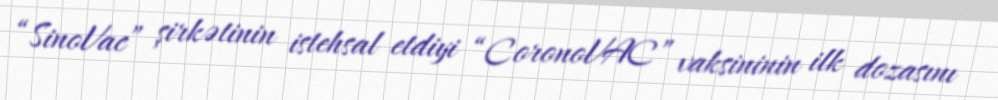
“SinoVac” şirkətinin istehsal etdiyi “CoronoVAC” vaksininin ilk dozasını